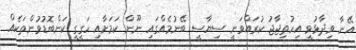
އޭނާ ވިދާޅުވީ އިހުތިޖާޖު ކުރައްވަނީ ސިޔާސީ ބޭނުމެއްގައި ނޫން ކަމަށާއި ހަގީގީ ކަންބޮޑުވުންތަކެއް